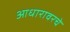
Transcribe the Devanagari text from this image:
आधारावरचे